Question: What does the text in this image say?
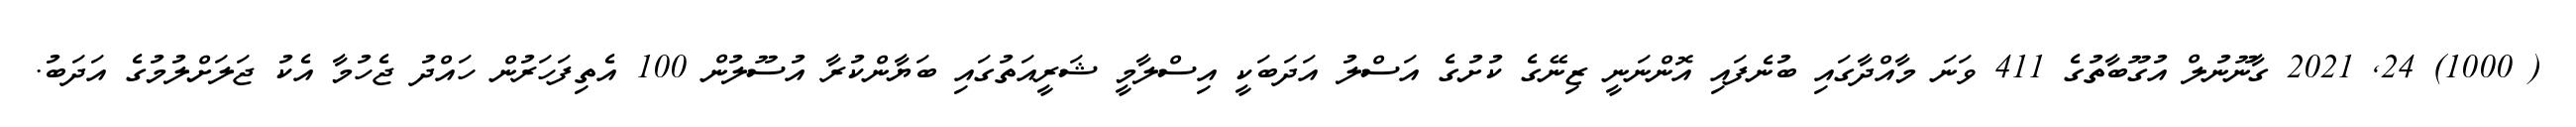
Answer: ( 1000) 24, 2021 ގާނޫނުލް އުގޫބާތުގެ 411 ވަނަ މާއްދާގައި ބުނެފައި އޮންނަނީ ޒިނޭގެ ކުށުގެ އަސްލު އަދަބަކީ އިސްލާމީ ޝަރީއަތުގައި ބަޔާންކުރާ އުސޫލުން 100 އެތިފަހަރުން ހައްދު ޖެހުމާ އެކު ޖަލަށްލުމުގެ އަދަބު.